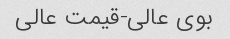
بوی عالی-قیمت عالی